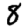
Digit: 8